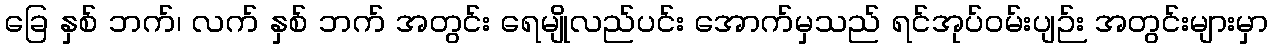
ခြေ နှစ် ဘက်၊ လက် နှစ် ဘက် အတွင်း ရေမျိုလည်ပင်း အောက်မှသည် ရင်အုပ်ဝမ်းပျဉ်း အတွင်းများမှာ